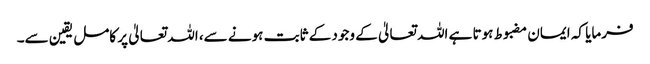
فرمایا کہ ایمان مضبوط ہوتا ہے اللہ تعالیٰ کے وجود کے ثابت ہونے سے، اللہ تعالیٰ پر کامل یقین سے۔